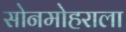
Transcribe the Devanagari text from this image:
सोनमोहराला